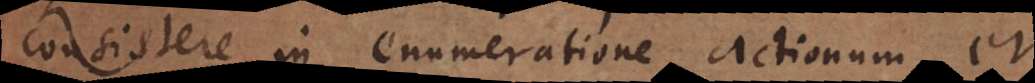
consistere in enumeratione actionum, et